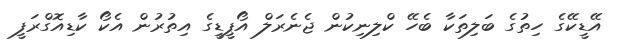
އޭޑީކޭގެ ހިތުގެ ބަލިތަކާ ބެހޭ ކްލިނިކުން ޖެނެރަލް އޯޕީޑީގެ އިތުރުން އެކޯ ކާޑިއޮގްރަފީ